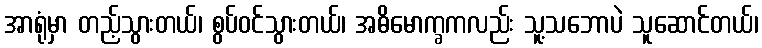
အာရုံမှာ တည့်သွားတယ်၊ စွပ်ဝင်သွားတယ်၊ အဓိမောက္ခကလည်း သူ့သဘောပဲ သူဆောင်တယ်၊